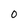
Character: O